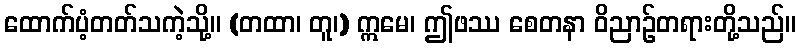
ထောက်ပံ့တတ်သကဲ့သို့။ (တထာ၊ တူ၊) ဣမေ၊ ဤဖဿ စေတနာ ဝိညာဉ်တရားတို့သည်။